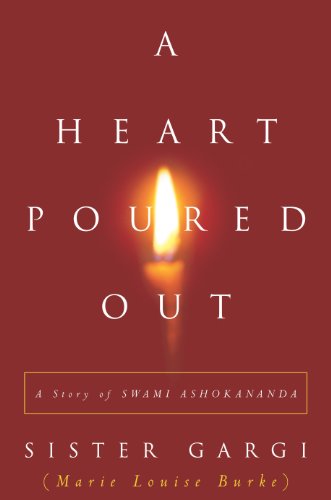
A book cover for A Heart Poured Out; Sister Gargi; Religion & Spirituality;